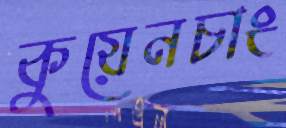
কুয়েনচাং